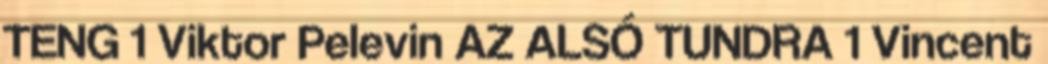
TENG 1 Viktor Pelevin AZ ALSÓ TUNDRA 1 Vincent